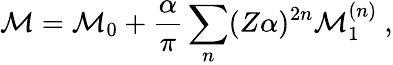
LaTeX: \mathcal{M}=\mathcal{M}_{0}+\frac{\alpha}{\pi}\sum_{n}(Z\alpha)^{2n}\mathcal{M}_{1}^{(n)}~,